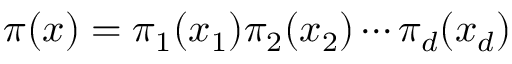
\pi ( x ) = \pi _ { 1 } ( x _ { 1 } ) \pi _ { 2 } ( x _ { 2 } ) \dotsb \pi _ { d } ( x _ { d } )